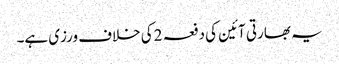
یہ بھارتی آئین کی دفعہ 2کی خلاف ورزی ہے۔